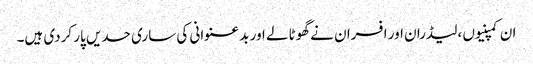
ان کمپنیوں ،لیڈران اور افسران نے گھوٹالے اور بد عنوانی کی ساری حدیں پار کردی ہیں۔